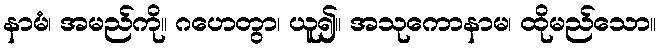
နာမံ၊ အမည်ကို။ ဂဟေတွာ၊ ယူ၍။ အသုကောနာမ၊ ထိုမည်သော။